Vital statistics of India. Vol. IV, Annual returns from 1871 to 1876. British Army of India, Native Army and jails of Bengal
Year: 1871
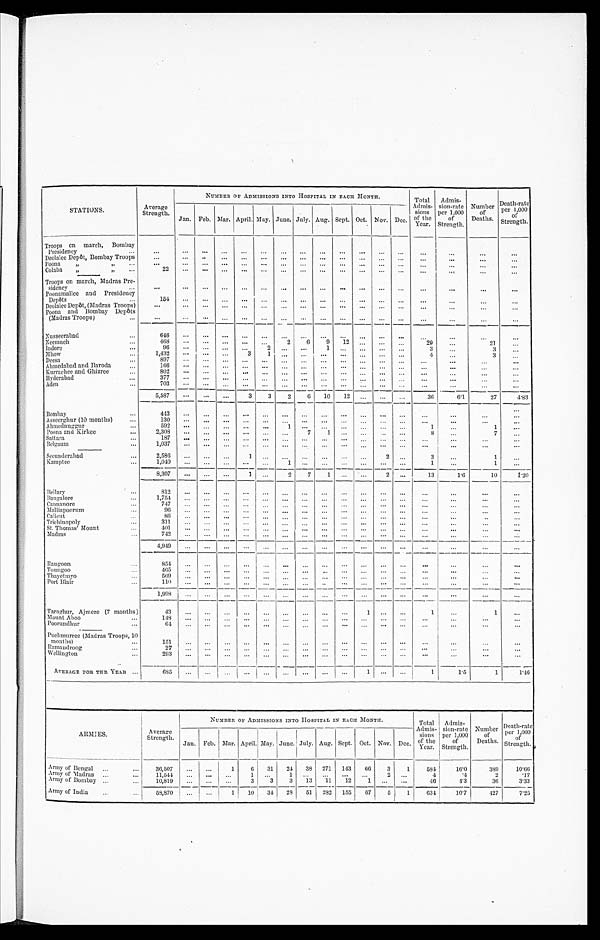
STATIONS.
Average
Strength.
NUMBER OF ADMISSIONS INTO HOSPITAL IN EACH MONTH.
Total
Admis-
sions
of the
Year.
Admis-
sion-rate
per 1,000
of
Strength.
Number
of
Deaths.
Death-rate
per 1,000
of
Strength.
Jan. Feb. Mar. April. May. June. July. Aug. Sept. Oct. Nov. Dec.
_
Troops on march, Bombay
Presidency
...
...
...
...
...
...
...
...
...
_
...
...
. . .
. . .
...
. . .
...
. . .
Deolalee Depôt, Bombay Troops
...
...
..
...
...
...
...
...
...
...
...
...
...
. . .
. . .
. . .
...
Poona
, , , , . . .
. . .
...
...
...
...
...
...
..,
...
...
...
...
...
...
. . .
. . .
...
Colaba
„
35
...
22
...
. . .
. . .
. . .
. . . ...
. . .
. . . ...
...
...
...
. . .
. . .
. . .
...
Troops on march, Madras Pre-
sidency
...
...
...
...
...
...
. . . ...
. . .
. . .
...
. . .
. . .
. . . ...
. . .
. . .
. . .
Poonamallee and Presidency
Depôts
...
1 5 4
. . .
. . .
. . .
. . .
...
...
...
...
...
...
...
...
...
. . .
. . .
. . .
...
Deolalee Depôt, (Madras Troops)
. . .
...
...
...
...
...
...
...
...
...
...
...
... ...
. . .
. . .
. . .
Poona and Bombay Depôts
(Madras Troops)
...
...
...
. . .
. . .
...
...
...
...
...
...
...
...
...
. . .
"'
. . .
. . .
...
...
Nusseerabad
...
6 4 6
. . .
. . .
. . .
. . .
. . .
. . .
. . .
. . .
. . .
...
. . . . . .
. . .
. . .
. . .
. . .
Neemuch
...
4 6 8
. . .
. . .
. . .
. . .
. . .
2
6
9
1 2
. . .
. . .
. . .
29
. . .
21
. . .
Indore
. . .
9 6
. . .
. . .
. . .
. . .
2
. . .
. . .
1
. . .
. . .
. . .
. . .
3
...
3
...
Mhow
1,432
. . .
. . .
...
3
1
. . .
. . .
. . .
. . .
. . .
. . .
. . .
4
. . .
3
. . .
Deesa
. . .
897
...
...
...
...
...
...
...
...
...
...
...
,..
. . .
. . .
. . .
...
Ahmedabad and Baroda
. . .
1 6 6
. . .
. . .
. . .
. . .
. . . ...
. . .
. . .
. . .
. . .
. . .
. . .
. . .
...
. . .
. . .
Knrrachee and Ghizree
...
8 0 2
. . .
. . .
. . .
. . .
. . . ...
. .
. . .
. . .
. . .
. . .
. . .
. . .
. . .
. . .
...
Hyderabad
...
3 7 7
. . .
. . .
. . .
. . .
. . .
...
...
..
. . .
...
...
...
...
...
...
Aden
...
703
. . .
_______ ...
_ ...
...
...
...
...
. . .
. . .
...
. . .
... ...
. . .
...
...
5,587 ...
. . .
. . .
3
3
2
6
10
12
...
...
. . .
36
6.1
27
_
4.83
Bombay
...
4-43
...
...
_
. . .
. . .
. . .
. . .
. . .
. . .
. . .
. . .
. . .
. . .
...
...
...
. . .
A sseerghur (10 months)
...
130
...
...
. . .
. . .
. . .
. . .
. . .
. . .
. . .
. . .
. . .
. . .
...
...
...
. . .
Ahmednuggur
...
592
. . .
. .
. . .
...
... 1
. . .
. . .
. . .
. . .
. . .
. . .
1
. . .
1
....
Poona and Kirkee
...
2 , 3 0 8
. . .
. . .
. . .
. . .
. . . ...
7
1
. . .
. . .
. . .
...
8
. . .
7
. . .
Sattara
...
1 8 7
. . .
. . .
. . .
. . .
. . . ...
. . . . . .
. . .
...
. . .
. . .
. . .
...
...
. . .
Bel gaum
...
1,037
. . .
...
...
...
...
...
...
...
...
...
...
...
...
...
...
. . .
Seeunderabad
...
2,586
...
. . .
. . .
1
. . . ...
...
...
...
...
2
. . .
3
...
1
. . .
Kamptee
1 , 0 4 0 ...
. . .
. . .
. . .
. . . 1
. . .
. . .
. . .
...
...
...
1
...
1
. . .
8,307
...
________
...
_____
...
1
. . .
2
7
1
. . . ...
2
. . .
13
1.6
10
1.20
Bellary
...
. . .
. . .
. . . .
. . .
. . .
. . .
. . .
. . .
. . .
. . .
. . .
. . .
. . .
. . .
. . .
...
. . .
Bangalore
...
. . .
. . .
. . .
. . .
. . .
. . .
. . .
. . .
. . .
. . .
. . .
. . .
. . . ...
. . .
. . .
. . .
Cannanore
. . .
. . .
. . .
. . .
. . .
. . .
. . .
. . .
. . .
. . .
. . .
. . .
. . .
. . .
...
...
...
...
Malliapoorum
...
. . .
. . .
. . .
. . .
. . .
. . .
. . .
. . .
...
. . .
...
. . .
. . .
...
...
...
. . .
Calic ut
...
. . .
. . .
. . .
. . .
. . .
. . . ...
. . . ...
...
...
...
...
...
...
..
...
Trichinopoly
. . .
. . .
. . .
. . .
. . .
. . .
. . .
. . .
. . .
. . .
. . .
. . .
. . .
. . .
...
. . .
...
. . .
St. Thomas' Mount
. . .
. . .
. . .
. . .
. . .
. . . ...
. . .
. . .
. . .
. . .
. . .
. . .
...
...
...
...
Madras
. . .
. . .
. . .
. . .
. . .
. . .
. . . ...
. . .
. . .
. . .
. . .
. . .
. . .
. . .
. . .
. . .
. . .
4,,949
. . .
. . .
...
. . .
. . .
. . .
. . .
. . .
. . .
. . .
. . .
. . . ...
...
...
...
Rangoon
...
854
...
...
...
...
...
. . .
...
...
...
. . .
...
...
...
...
...
. . .
...
Toungoo
...
4 6 5
. . .
. . .
. . .
. . .
. . .
. . .
. . .
...
. . .
. . .
. . .
. . . ...
...
. . .
. . .
Thayetmyo
...
569
...
. . .
. . .
. . .
. . .
. . .
. . .
. . .
. . .
. . .
. . .
. . .
. . .
. . .
. . .
. . .
Port Blair
...
1 1 0
. . .
. . .
. . .
. . .
. . .
. . .
. . .
. . .
. . .
. . .
. . .
. . .
. . .
...
. . .
. . .
1 , 9 9 8
. . .
. . .
. . .
. . .
. . . ...
. . .
. . .
. . .
. . .
. . .
. . .
. . .
...
. . .
. . .
Taraghur, Ajmere (7 months)
4 3
. . .
...
_
...
...
...
...
. . .
...
. . .
1
. . .
. . .
1
...
1
...
Mount Aboo
...
148
...
...
...
...
...
...
..
...
...
...
...
...
. . .
. . .
...
Poorundhur
...
6 4
. . .
. . .
. . .
. . .
. . .
...
. . .
. . .
. . .
. . .
. . .
...
. . .
. . .
. . .
...
Puchmurree (Madras Troops, 10
months)
...
151
...
...
...
. . .
. . .
...
...
...
...
...
...
...
. . .
. . .
. . .
. . .
Ramandroog
...
2 7
. . .
. . .
. . .
. . .
. . .
. . .
. . .
...
...
...
...
...
. . .
. . .
. . .
...
Wellington
...
2 9 3
. . .
. . .
. . .
. . .
. . .
. . .
. . .
. . .
. . .
. . .
. . .
. . .
. . .
. . .
. . .
...
AVERAGE FOR THE YEAR ...
6 8 3 ...
. . .
. . .
. . .
. . .
. . .
. . .
. . .
. . .
1
. . .
. . .
1
1.5
1
1.46
ARMIES.
Average
Strength.
NUMBER OF ADMISSIONS INTO H OSPITAL IN E ACH MONTH.
Total
Admis-
sions
o f t h e Y e a r .
Admis-
sion-rate
per 1,000
Strength.
Number
of
Deaths.
Death-rate
per1,000 of
Strength.
Jan. Feb. Mar. April. May. June. July. Aug. Sept. Oct. Nov. Dec.
Army of Bengal
...
...
36,507
...
...
1
6
31
24
38
271
143
66
3
1
584
16.0
389
10.66
Army of Madras ...
...
11,,544
...
...
...
1
...
1
.. .
...
...
...
2
. . .
4
. 4
2
.17
Army of Bombay ...
10,819
...
...
. . .
3
3
3
13
11
12
1
...
...
46
4.3
36
3.33
Army of India
...
...
58,870
...
...
1
10
34
28
51
282
155
67
5
1
634
10.7
427
7.25